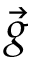
\vec { g }